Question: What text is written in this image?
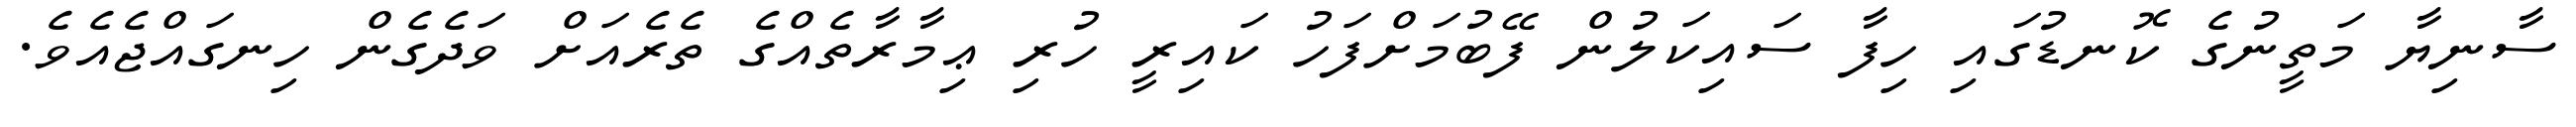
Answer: ސާނިޔާ މަތީނުގެ ކޮނޑުގައި ހިފާ ސައިކަލުން ފޭބުމަށްފަހު ކައިރީ ހުރި ޢިމާރާތެއްގެ ތެރެއަށް ވަދެގެން ހިނގައްޖެއެވެ.